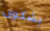
بشكوى